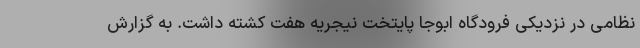
نظامی در نزدیکی فرودگاه ابوجا پایتخت نیجریه هفت کشته داشت. به گزارش